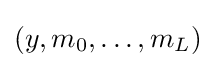
(y,m_{0},\dots ,m_{L})